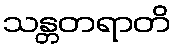
သန္တတရာတိ